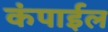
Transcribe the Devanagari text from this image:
कंपाईल